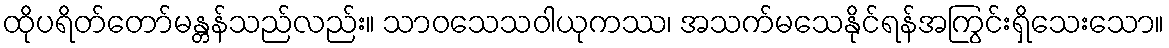
ထိုပရိတ်တော်မန္တန်သည်လည်း။ သာဝသေသဝါယုကဿ၊ အသက်မသေနိုင်ရန်အကြွင်းရှိသေးသော။